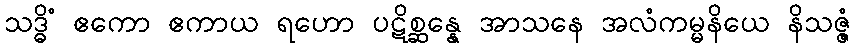
သဒ္ဓိံ ဧကော ဧကာယ ရဟော ပဋိစ္ဆန္နေ အာသနေ အလံကမ္မနိယေ နိသဇ္ဇံ